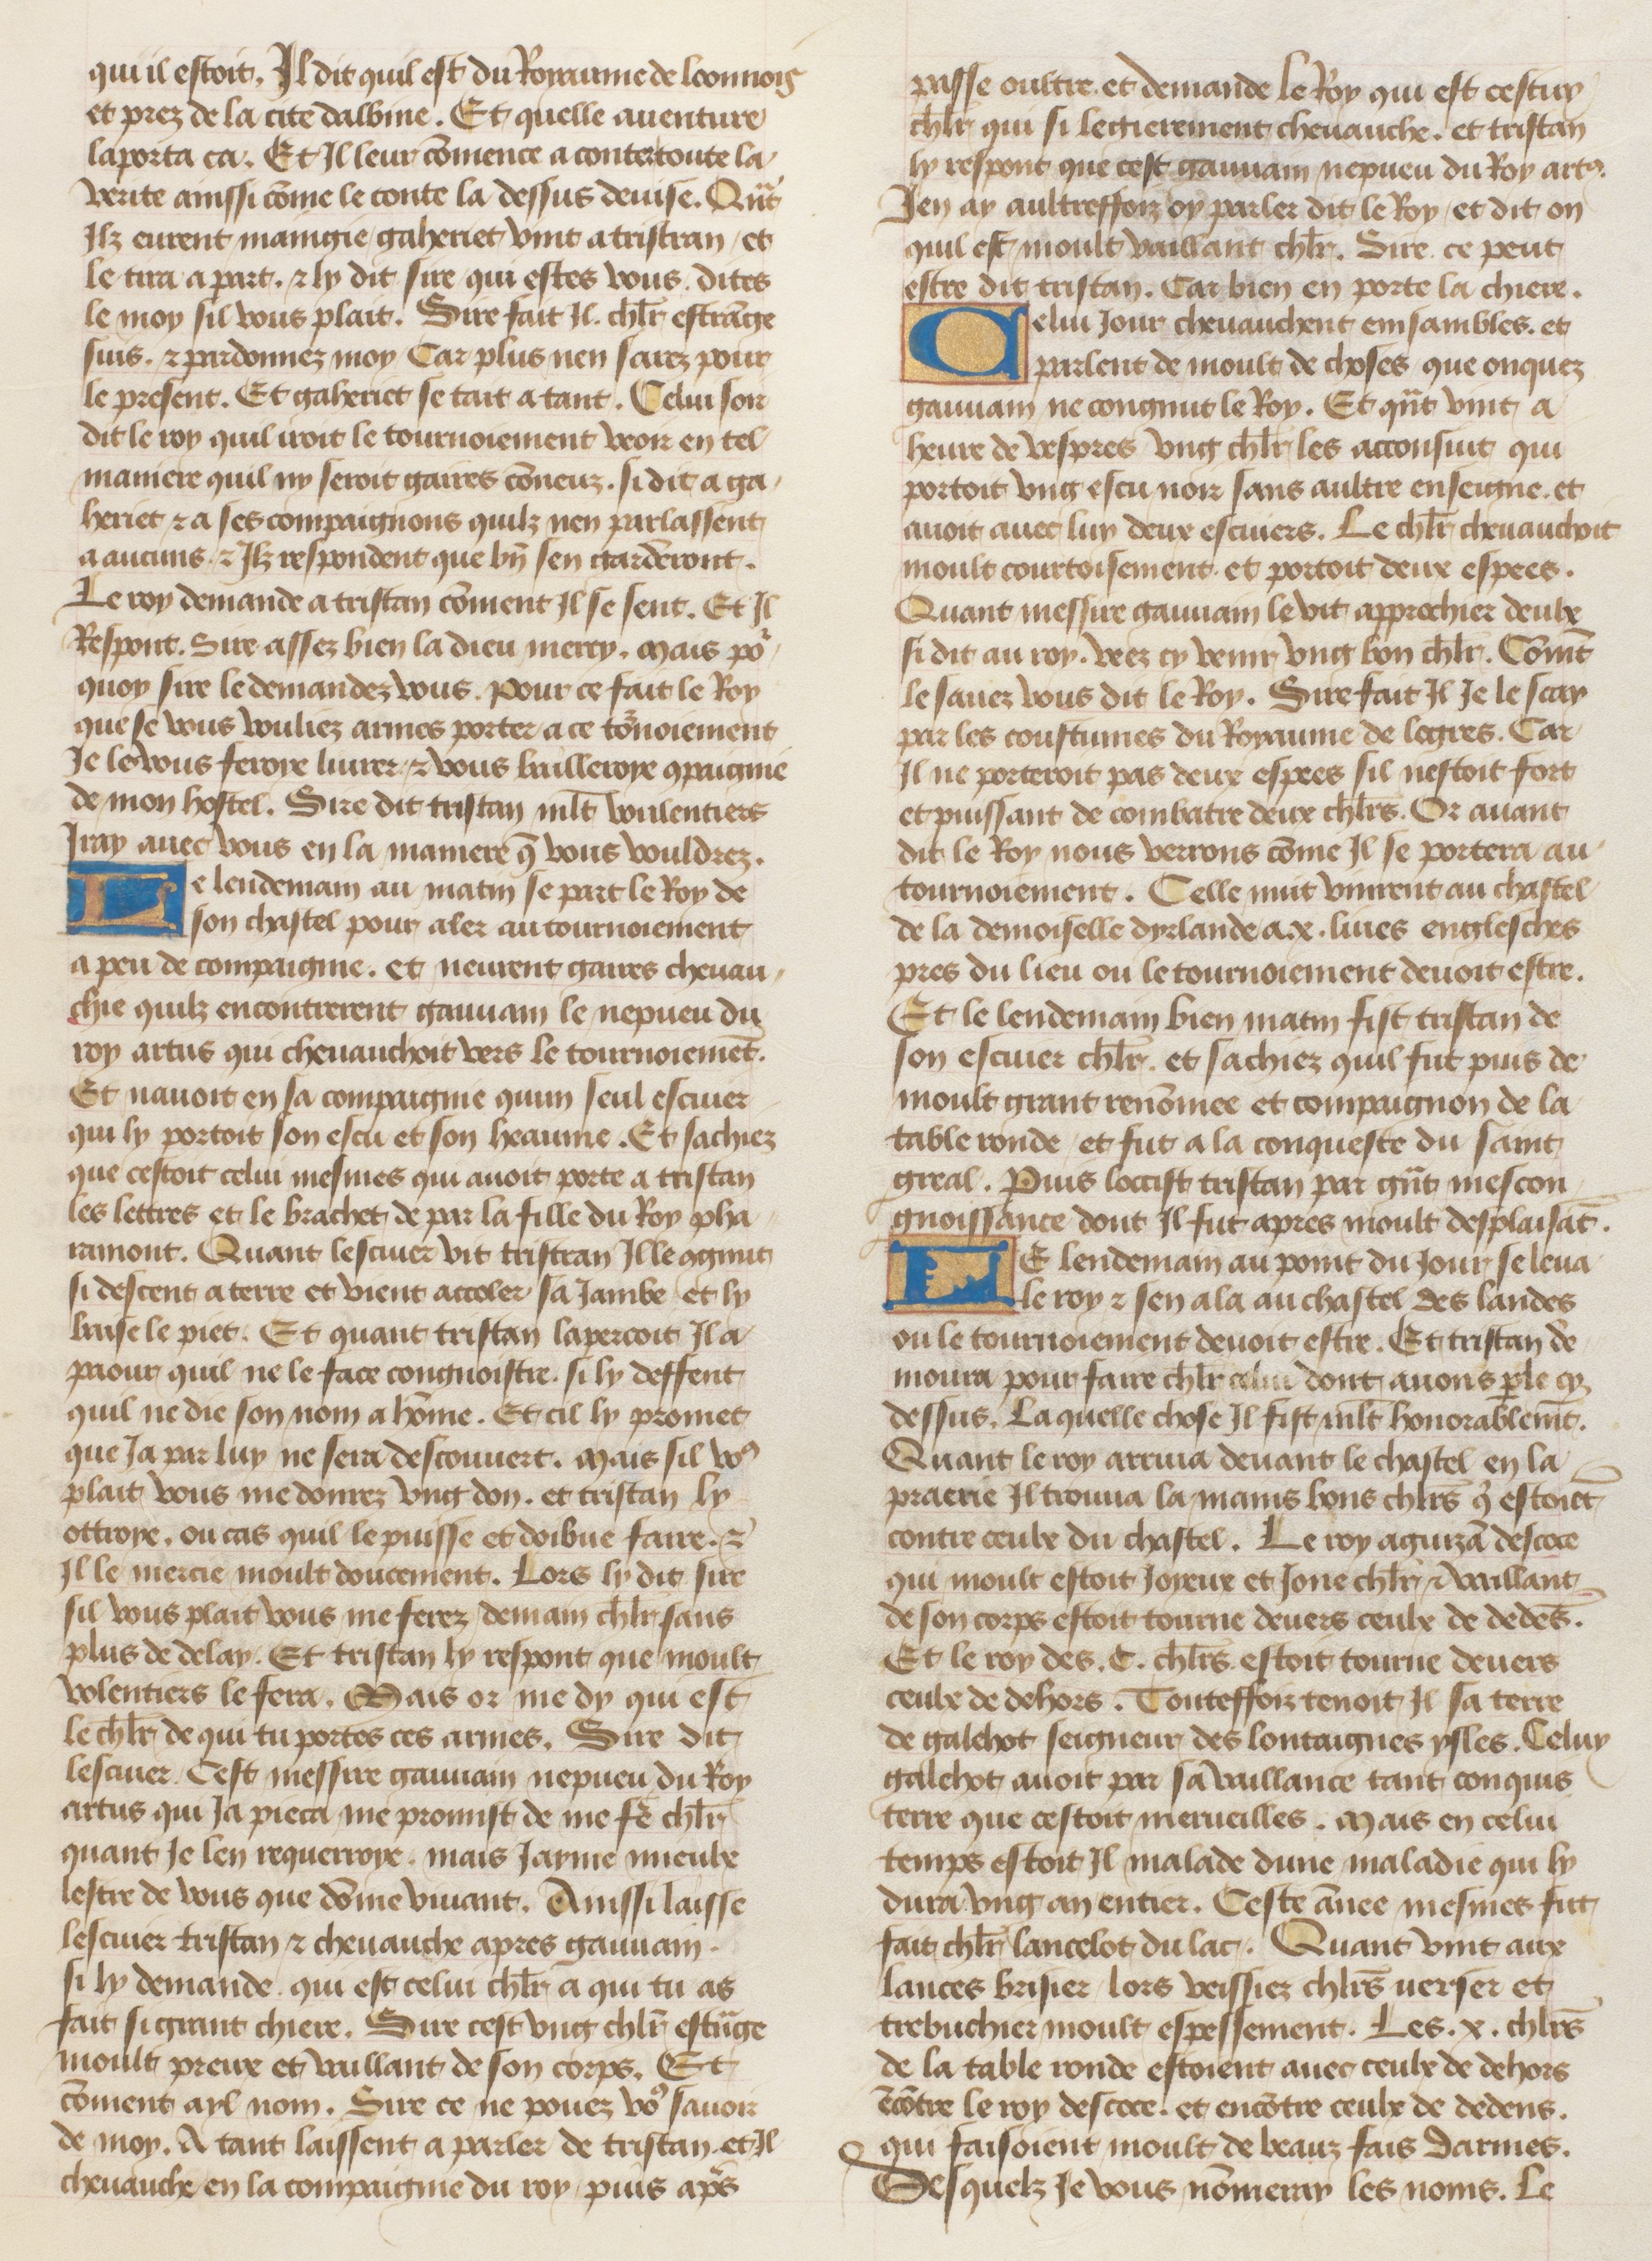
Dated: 1455–1485